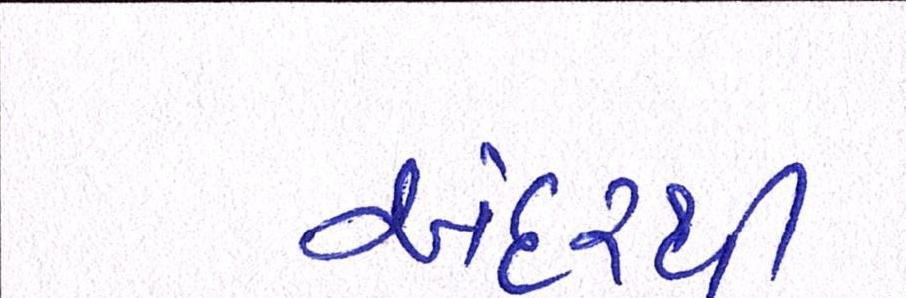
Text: અંદરથી